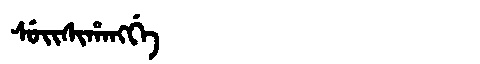
Manchu: ᠰᡠᡳᠰᡳᡥᠠᠩᡤᡝ
Romanization: SUISIHANGGE